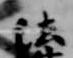
法